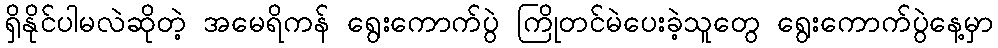
ရှိနိုင်ပါမလဲဆိုတဲ့ အမေရိကန် ရွေးကောက်ပွဲ ကြိုတင်မဲပေးခဲ့သူတွေ ရွေးကောက်ပွဲနေ့မှာ